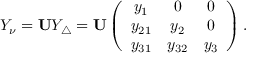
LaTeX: Y _ { \nu } = { \bf U } Y _ { \triangle } = { \bf U } \left( \begin{array} { c c c } { { y _ { 1 } } } & { { 0 } } & { { 0 } } \\ { { y _ { 2 1 } } } & { { y _ { 2 } } } & { { 0 } } \\ { { y _ { 3 1 } } } & { { y _ { 3 2 } } } & { { y _ { 3 } } } \end{array} \right) .